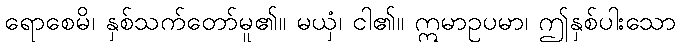
ရောစေမိ၊ နှစ်သက်တော်မူ၏။ မယှံ၊ ငါ၏။ ဣမာဥပမာ၊ ဤနှစ်ပါးသော